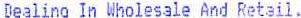
DEALING IN WHOLESALE AND RETAIL.